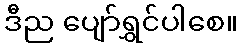
ဒီည ပျော်ရွှင်ပါစေ။